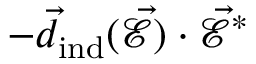
- \vec { d } _ { \mathrm { i n d } } ( \vec { \mathcal { E } } ) \cdot \vec { \mathcal { E } } ^ { \ast }